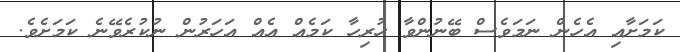
ކަމަށާއި އެހެން ނަމަވެސް ބޭނުންވާ ހުރިހާ ކަމެއް އެއް އަހަރުން ނުކުރެވޭނެ ކަމަށެވެ.